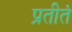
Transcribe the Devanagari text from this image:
प्रतीतं